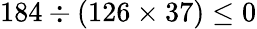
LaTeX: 184\div(126\times 37)\leq 0